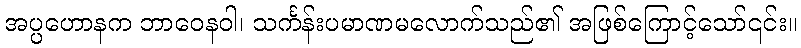
အပ္ပဟောနက ဘာဝေနဝါ၊ သင်္ကန်းပမာဏမလောက်သည်၏ အဖြစ်ကြောင့်သော်၎င်း။